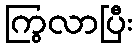
ကြွလာပြီး